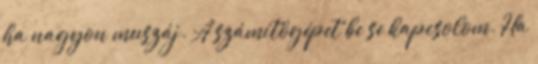
ha nagyon muszáj. A számítógépet be se kapcsolom. Ha